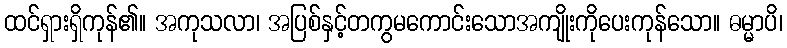
ထင်ရှားရှိကုန်၏။ အကုသလာ၊ အပြစ်နှင့်တကွမကောင်းသောအကျိုးကိုပေးကုန်သော။ ဓမ္မာပိ၊